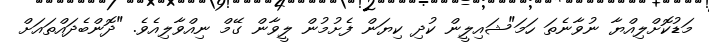
މަޑުކޮށްލިއްޔާ ނުވާނެތަ ހަމަ"ޝައިލީން ކުދި ކިޔަން ފެށުމުން ލީވާން ގޭމް ނިއްވާލިއެވެ. "ދޮންބެދައްތައަށް